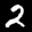
Label: 2